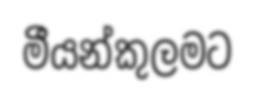
මීයන්කුලමට